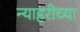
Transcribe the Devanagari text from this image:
न्याहरीच्या